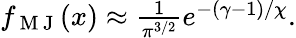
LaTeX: \begin{array}{r}{f_{\mathrm{~M~J~}}(x)\approx\frac{1}{\pi^{3/2}}e^{-(\gamma-1)/\chi}.}\end{array}